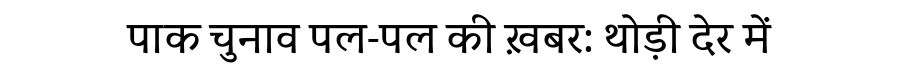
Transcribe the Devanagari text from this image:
पाक चुनाव पल-पल की ख़बर: थोड़ी देर में